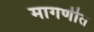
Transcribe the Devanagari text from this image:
मागणीत